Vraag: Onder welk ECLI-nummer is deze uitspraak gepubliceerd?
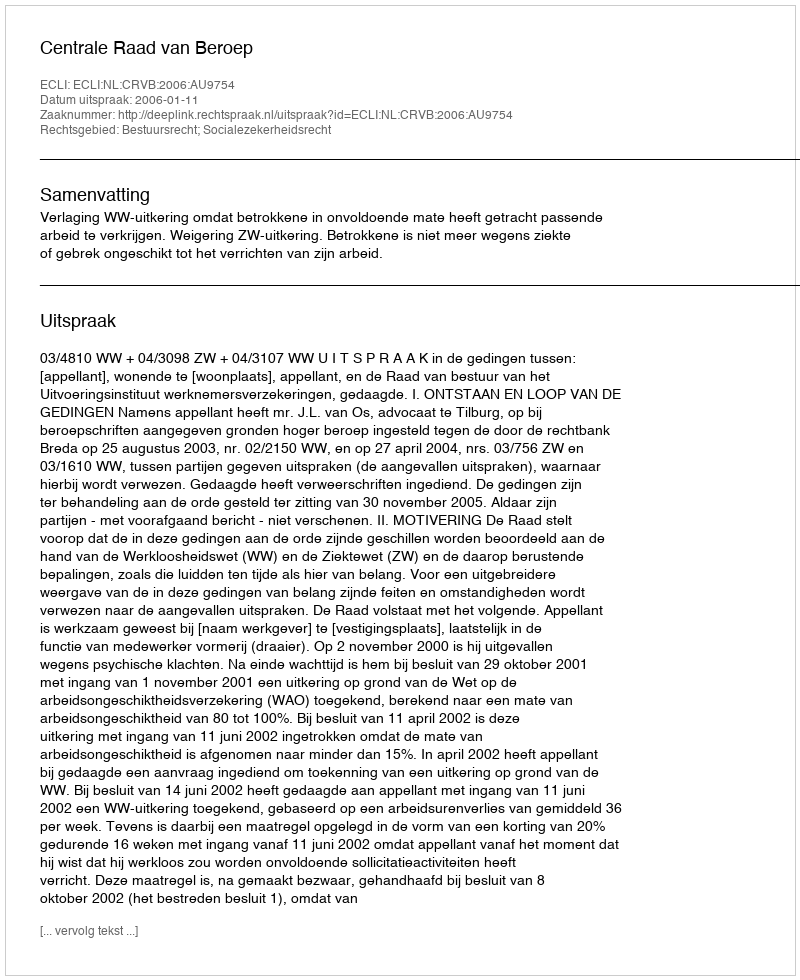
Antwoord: ECLI:NL:CRVB:2006:AU9754